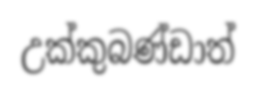
උක්කුබණ්ඩාත්